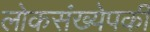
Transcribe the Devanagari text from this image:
लोकसंख्येपकी